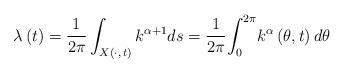
LaTeX: \begin{align*}\lambda\left( t\right) =\dfrac{1}{{2\pi}}\int_{X(\cdot,\,t)}k^{\alpha+1}ds=\dfrac{1}{{2\pi}}{\displaystyle\int_{0}^{2\pi}}k^{\alpha}\left( \theta,t\right) d\theta{\ \ \ } \end{align*}